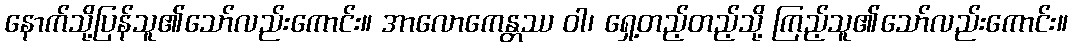
နောက်သို့ပြန်သူ၏သော်လည်းကောင်း။ အာလောကေန္တဿ ဝါ၊ ရှေ့တည့်တည့်သို့ ကြည့်သူ၏သော်လည်းကောင်း။